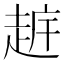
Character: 𧻧